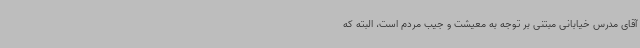
آقای مدرس خیابانی مبتنی بر توجه به معیشت و جیب مردم است، البته که